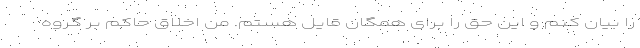
را بیان کنم و این حق را برای همگان قایل هستم. من اخلاق حاکم بر گروه